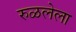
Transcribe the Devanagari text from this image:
रुळलेला